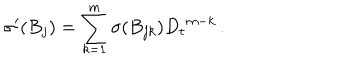
{ \sigma } ^ { \prime } ( B _ { j } ) = \sum _ { k = 1 } ^ { m } { \sigma } ( B _ { j k } ) { D _ { t } } ^ { m - k } \, .